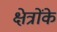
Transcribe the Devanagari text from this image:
क्षेत्रोंके